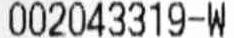
002043319-W